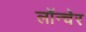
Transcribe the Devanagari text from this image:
लॉन्चेर